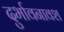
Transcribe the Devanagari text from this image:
दुर्भावनावश